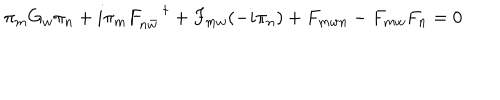
\pi _ { m } G _ { w } \pi _ { n } + i \pi _ { m } F _ { n \bar { w } } ^ { \; \dagger } + F _ { m w } ( - i \pi _ { n } ) + F _ { m w n } - F _ { m w } F _ { n } = 0